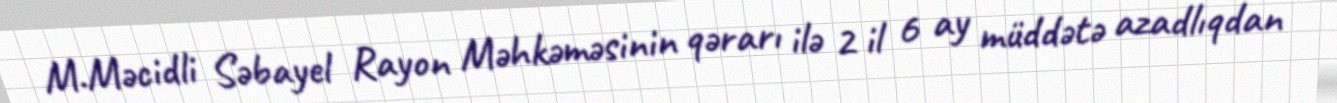
M.Məcidli Səbayel Rayon Məhkəməsinin qərarı ilə 2 il 6 ay müddətə azadlıqdan